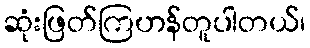
ဆုံးဖြတ်ကြဟန်တူပါတယ်၊